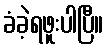
ခံခဲ့ရဖူးပါပြီ။